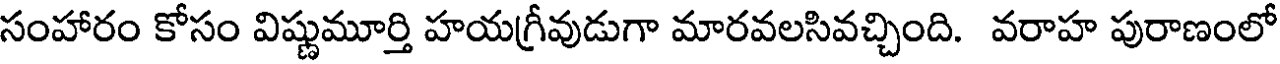
సంహారం కోసం విష్ణుమూర్తి హయగ్రీవుడుగా మారవలసివచ్చింది. వరాహ పురాణంలో